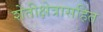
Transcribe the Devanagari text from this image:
शेतीक्षेत्रासहित